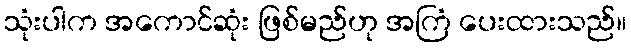
သုံးပါက အကောင်ဆုံး ဖြစ်မည်ဟု အကြံ ပေးထားသည်။